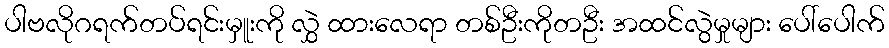
ပါဗလိုဂရက်တပ်ရင်းမှူးကို လွှဲ ထားလေရာ တစ်ဦးကိုတဦး အထင်လွဲမှုများ ပေါ်ပေါက်